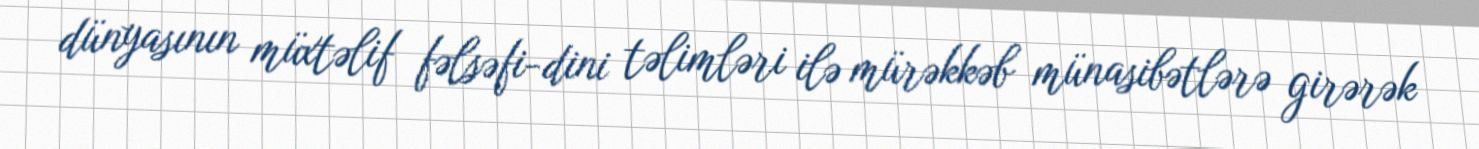
dünyasının müxtəlif fəlsəfi-dini təlimləri ilə mürəkkəb münasibətlərə girərək